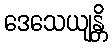
ဒေသေယျန္တိ